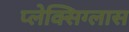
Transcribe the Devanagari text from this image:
प्लेक्सिग्लास